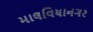
માલવિયાનગર